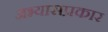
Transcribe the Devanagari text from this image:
अभ्यासप्रकार